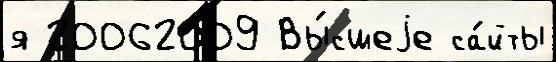
я 20062009 Вы́сшеjе са́йты